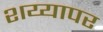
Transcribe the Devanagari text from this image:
शय्यापर